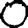
Digit: 0